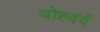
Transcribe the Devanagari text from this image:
चोह्दवें